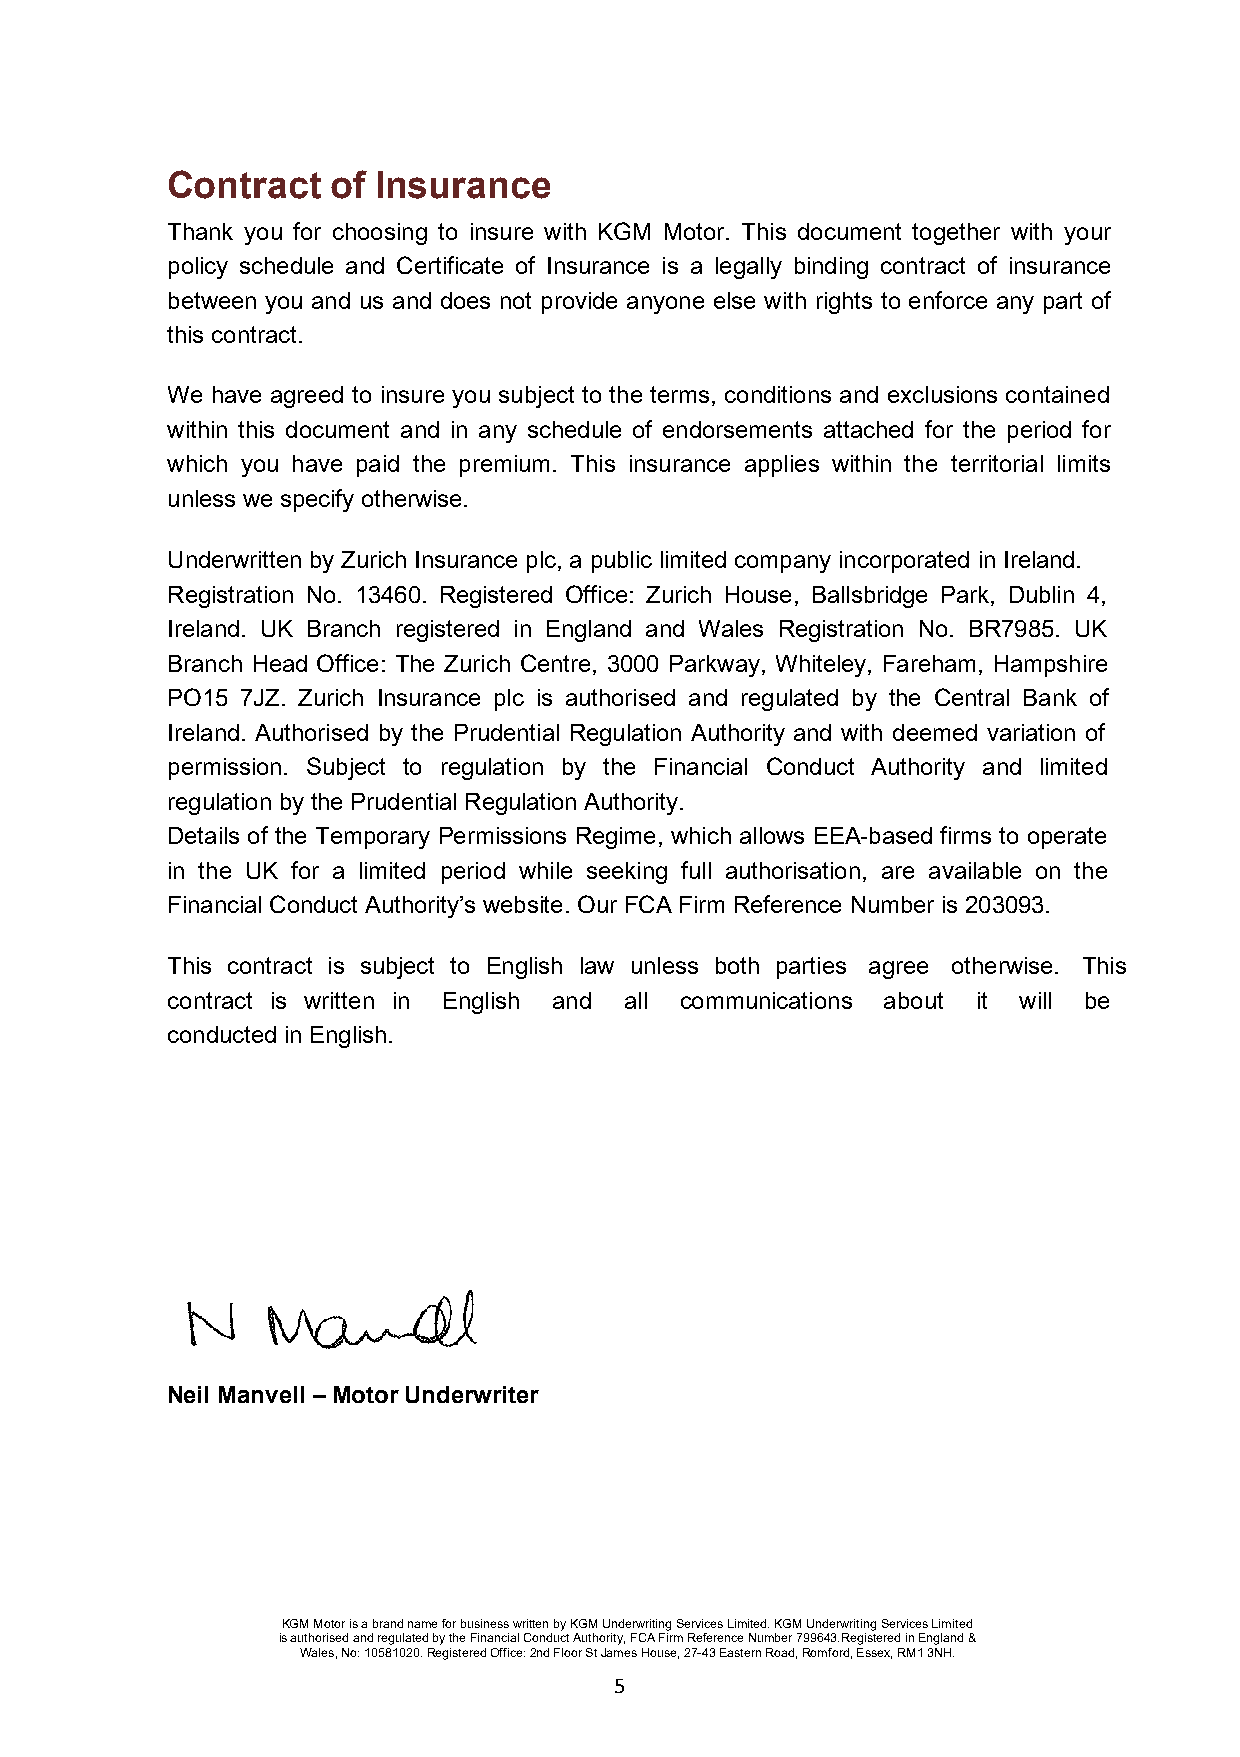
Contract   of Insurance
 Thank you for choosing to insure with KGM Motor. This document together with your
 policy schedule and Certificate of Insurance is a legally binding contract of insurance
 between you and us and does not provide anyone else with rights to enforce any part of
 this contract.
 We have agreed to insure you subject to the terms, conditions and exclusions contained
 within this document and in any schedule of endorsements attached for the period for
 which you have paid the premium. This insurance applies within the territorial limits
 unless we specify otherwise.
 Underwritten by Zurich Insurance plc, a public limited company incorporated in Ireland.
 Registration No. 13460. Registered Office: Zurich House, Ballsbridge Park, Dublin 4,
 Ireland. UK Branch registered in England and Wales Registration No. BR7985. UK
 Branch Head Office: The Zurich Centre, 3000 Parkway, Whiteley, Fareham, Hampshire
 PO15 7JZ. Zurich Insurance plc is authorised and regulated by the Central Bank of
 Ireland. Authorised by the Prudential Regulation Authority and with deemed variation of
 permission. Subject to regulation by the Financial Conduct Authority and limited
 regulation by the Prudential Regulation Authority.
 Details of the Temporary Permissions Regime, which allows EEA based firms to operate
 in the UK for a limited period while seeking full authorisation, are available on the
 ‐
 Financial Conduct Authority’s website. Our FCA Firm Reference Number is 203093.
 This contract is subject to English law unless both parties agree otherwise. This
 contract is written in English and all communications about it will be
 conducted in English.
 Neil Manvell – Motor Underwriter
 KGM Motor is a brand name for business written by KGM Underwriting Services Limited. KGM Underwriting Services Limited
 is authorised and regulated by the Financial Conduct Authority, FCA Firm Reference Number 799643.Registered in England &
 Wales, No: 10581020. Registered Office: 2nd Floor St James House, 27-43 Eastern Road, Romford, Essex, RM1 3NH.
 5